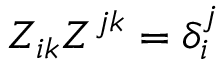
Z _ { i k } Z ^ { j k } = \delta _ { i } ^ { j }